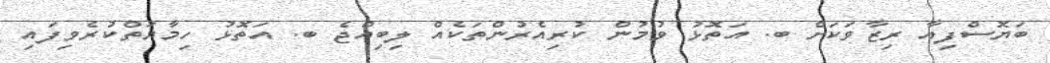
ބަޔޮސްފިއާ ރިޒާވަކަށް ބ. އަތޮޅު ވުމުން ކުރިއެރުންތަކެއް ލިބިއްޖެ ބ. އަތޮޅު ހިމާޔަތްކުރެވިފައި